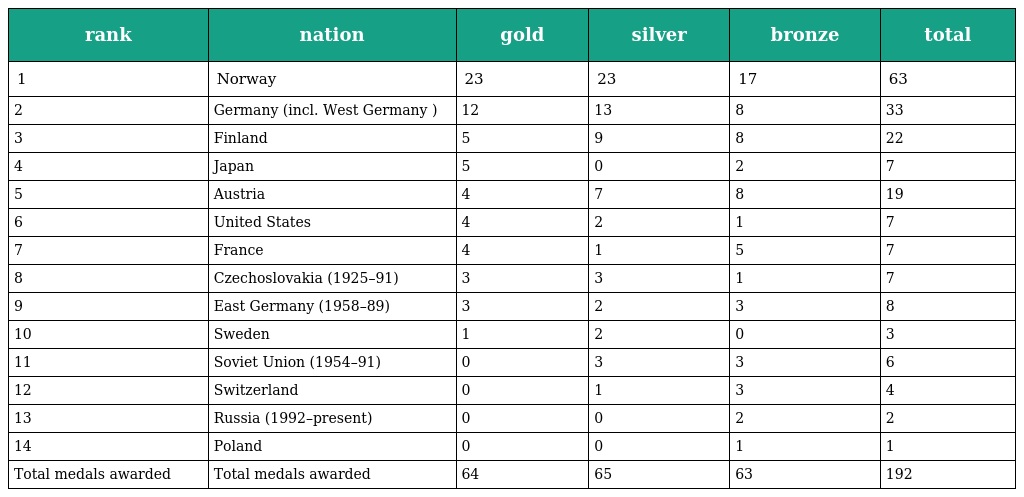
| rank | nation | gold | silver | bronze | total |
 | --- | --- | --- | --- | --- | --- |
 | 1 | Norway | 23 | 23 | 17 | 63 |
 | 2 | Germany (incl. West Germany ) | 12 | 13 | 8 | 33 |
 | 3 | Finland | 5 | 9 | 8 | 22 |
 | 4 | Japan | 5 | 0 | 2 | 7 |
 | 5 | Austria | 4 | 7 | 8 | 19 |
 | 6 | United States | 4 | 2 | 1 | 7 |
 | 7 | France | 4 | 1 | 5 | 7 |
 | 8 | Czechoslovakia (1925–91) | 3 | 3 | 1 | 7 |
 | 9 | East Germany (1958–89) | 3 | 2 | 3 | 8 |
 | 10 | Sweden | 1 | 2 | 0 | 3 |
 | 11 | Soviet Union (1954–91) | 0 | 3 | 3 | 6 |
 | 12 | Switzerland | 0 | 1 | 3 | 4 |
 | 13 | Russia (1992–present) | 0 | 0 | 2 | 2 |
 | 14 | Poland | 0 | 0 | 1 | 1 |
 | Total medals awarded | Total medals awarded | 64 | 65 | 63 | 192 |